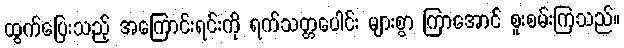
ထွက်ပြေးသည့် အကြောင်းရင်းကို ရက်သတ္တပေါင်း များစွာ ကြာအောင် စူးစမ်းကြသည်။